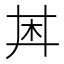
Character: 𪱶